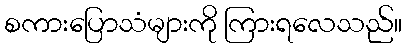
စကားပြောသံများကို ကြားရလေသည်။